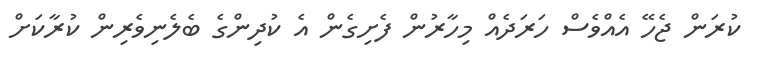
ކުރަން ޖެހޭ އެއްވެސް ހަރަދެއް މިހާރުން ފެށިގެން އެ ކުދިންގެ ބެލެނިވެރިން ކުރާކަށް